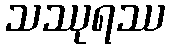
သဿုရဿ